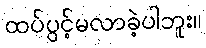
ထပ်ပွင့်မလာခဲ့ပါဘူး။